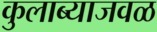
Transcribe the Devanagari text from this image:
कुलाब्याजवळ